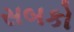
સબકો